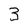
Character: 3